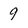
Character: 9